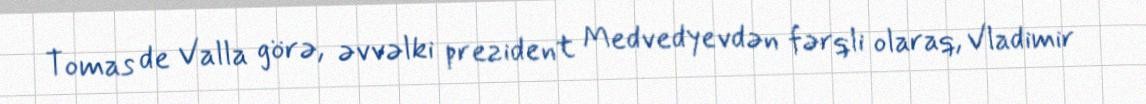
Tomas de Valla görə, əvvəlki prezident Medvedyevdən fərqli olaraq, Vladimir